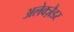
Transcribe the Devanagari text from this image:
अलेक्ज़ैडर